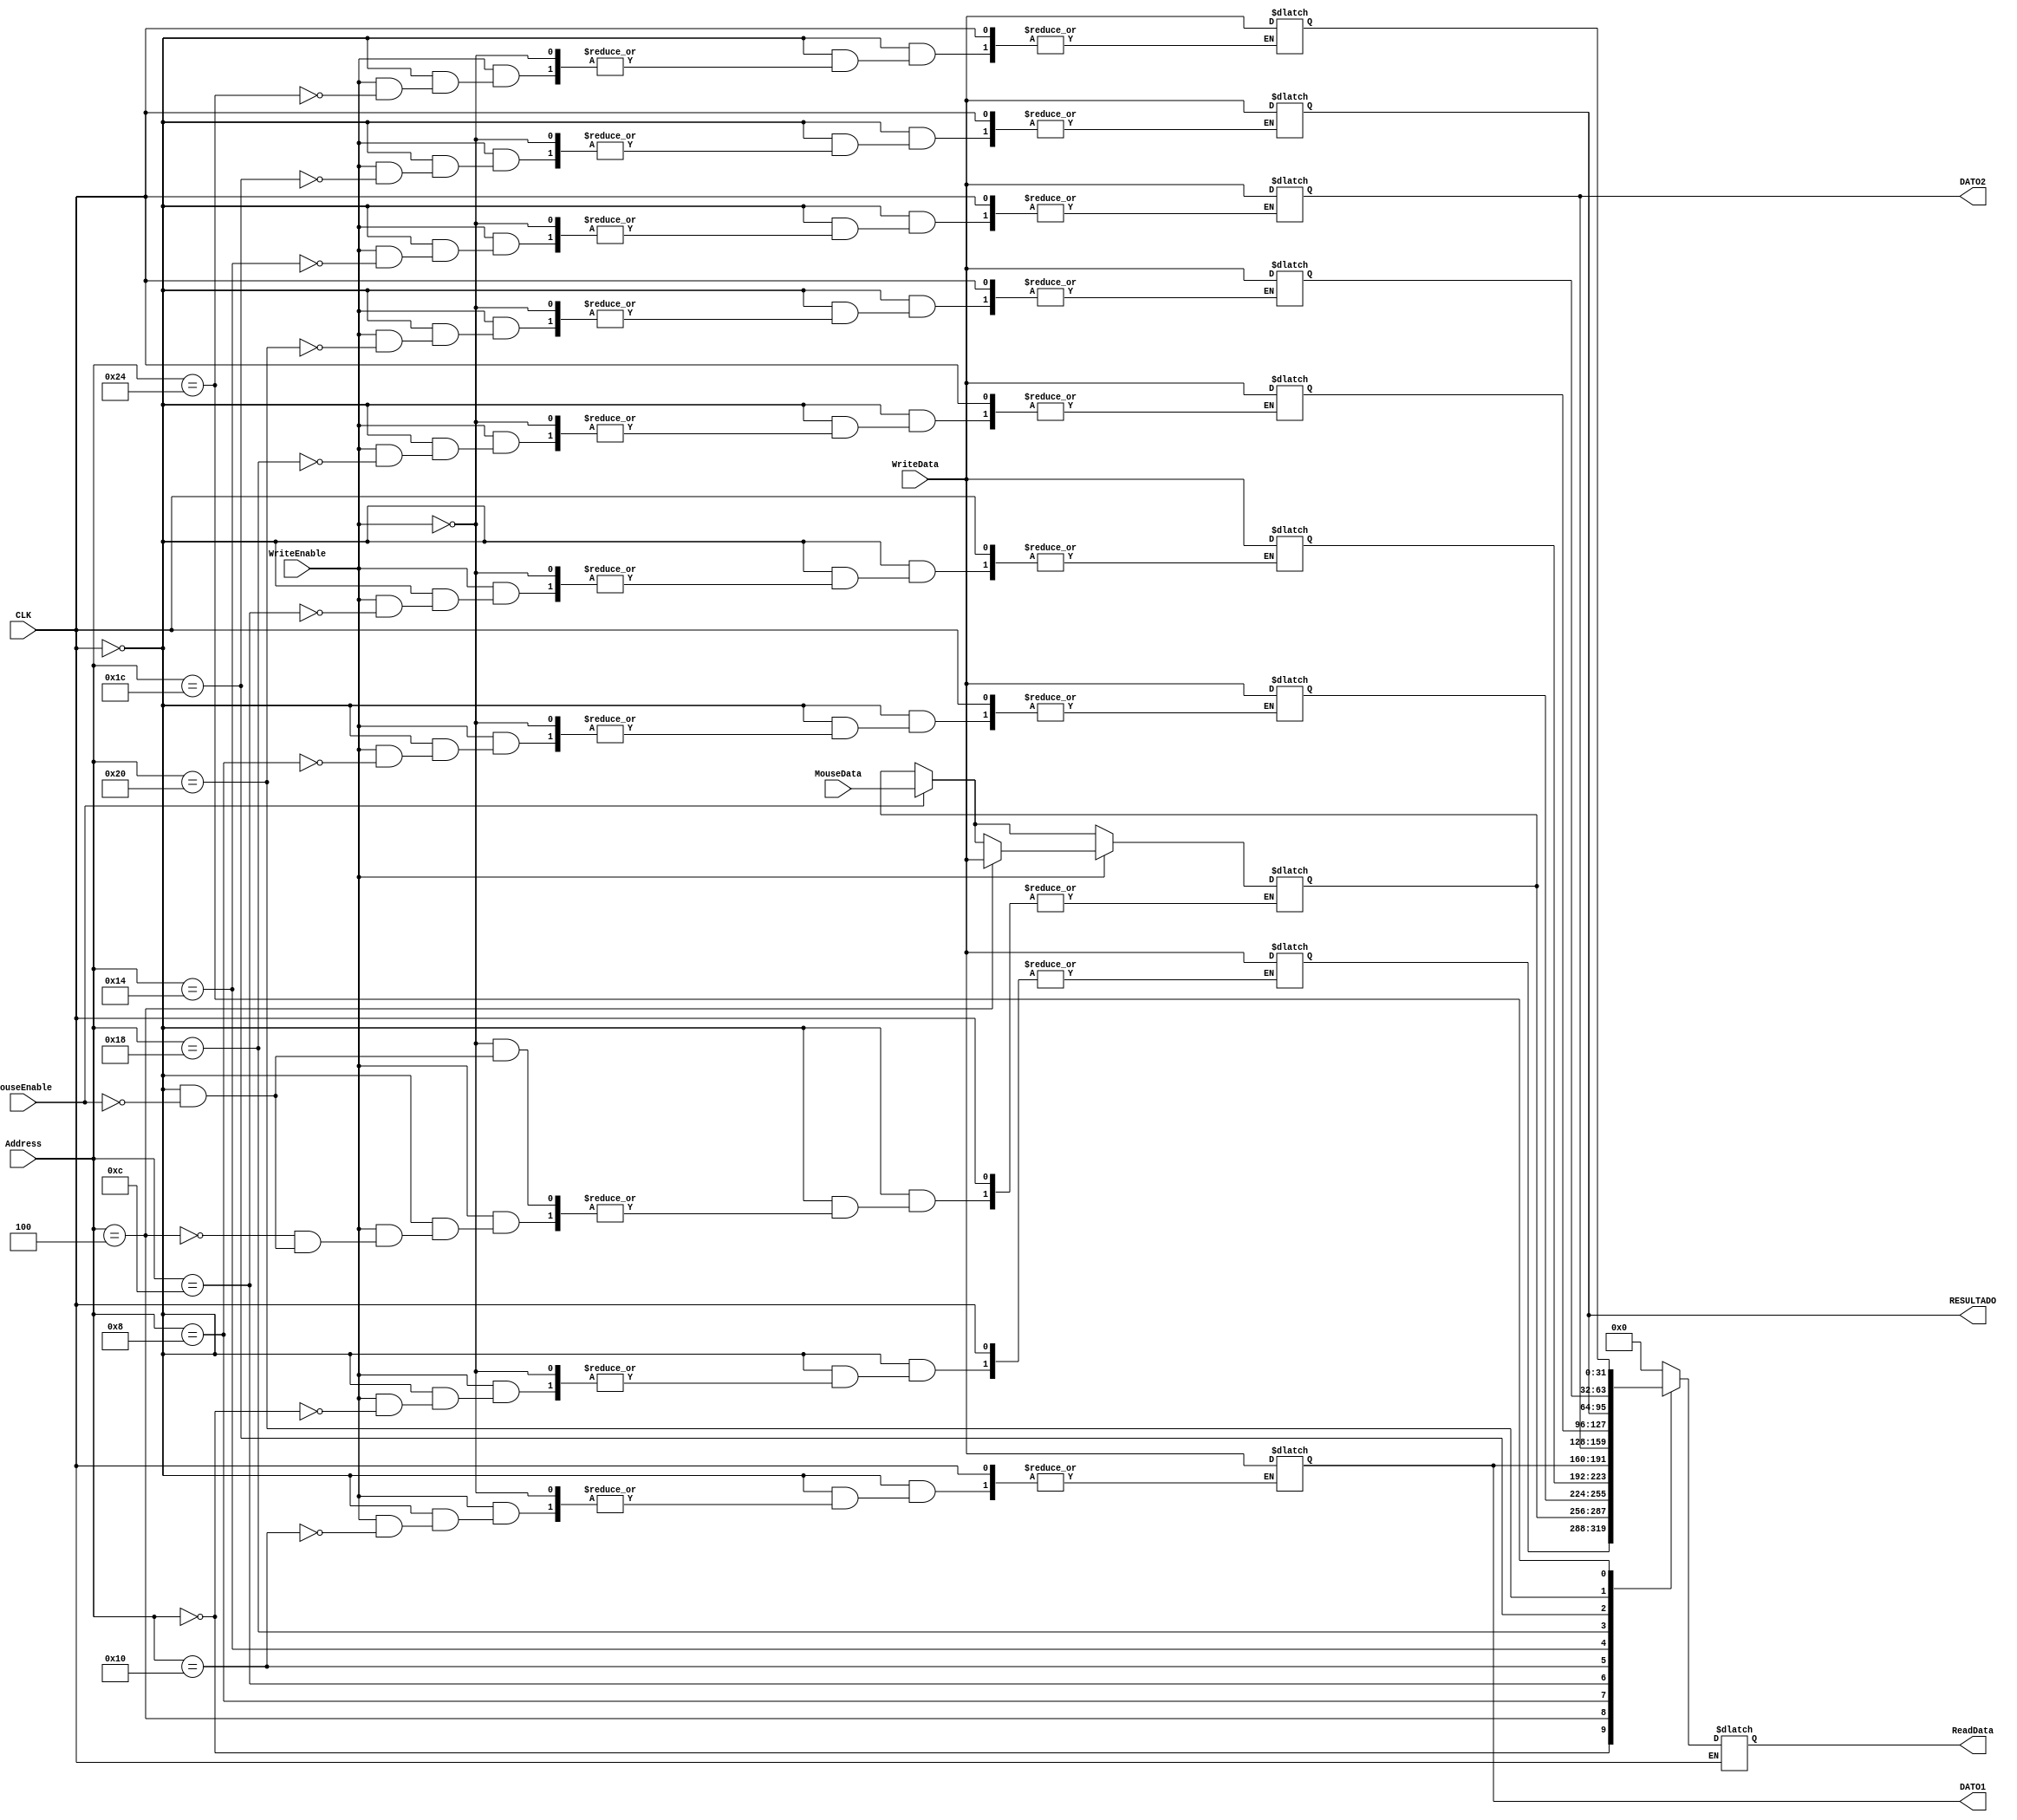
module DataMemory(
    output reg [31:0] ReadData,
	 output reg [31:0] DATO1,
	 output reg [31:0] DATO2,
	 output reg [31:0] RESULTADO,
    input [31:0] Address,
    input [31:0] WriteData,
	 input [31:0] MouseData,
	 input MouseEnable,
    input WriteEnable,
    input CLK
    );

	reg [31:0] block [0:9];

	always @ (*) begin
		DATO1 = block[4];
		DATO2 = block[5];
		RESULTADO = block[7];
		if (CLK) begin
			case (Address)
				32'h00000000: ReadData = block[0];
				32'h00000004: ReadData = block[1];
				32'h00000008: ReadData = block[2];
				32'h0000000c: ReadData = block[3];
				32'h00000010: ReadData = block[4];
				32'h00000014: ReadData = block[5];
				32'h00000018: ReadData = block[6];
				32'h0000001c: ReadData = block[7];
				32'h00000020: ReadData = block[8];
				32'h00000024: ReadData = block[9];
				default: ReadData = 32'b0;
			endcase
		end
		else begin
			if (MouseEnable) begin
				block[1] = MouseData;
			end
			if (WriteEnable)
				case (Address)
					32'h00000000: block[0] = WriteData;
					32'h00000004: block[1] = WriteData;
					32'h00000008: block[2] = WriteData;
					32'h0000000c: block[3] = WriteData;
					32'h00000010: block[4] = WriteData;
					32'h00000014: block[5] = WriteData;
					32'h00000018: block[6] = WriteData;
					32'h0000001c: block[7] = WriteData;
					32'h00000020: block[8] = WriteData;
					32'h00000024: block[9] = WriteData;
				endcase
		end
	end
	
	integer i = 0;
	initial begin 
		for (i=0;i<10;i=i+1)
			block[i] = 32'b0;
		block[1] = 2;
		block[4] = 2;
	end

endmodule